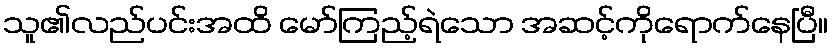
သူ၏လည်ပင်းအထိ မော်ကြည့်ရဲသော အဆင့်ကိုရောက်နေပြီ။